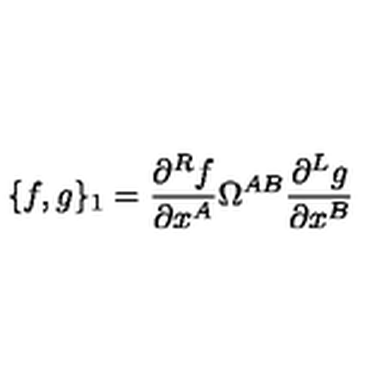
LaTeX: \{ f , g \} _ { 1 } = \frac { \partial ^ { R } f } { \partial x ^ { A } } \Omega ^ { A B } \frac { \partial ^ { L } g } { \partial x ^ { B } }